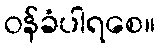
ဝန်ခံပါရစေ။